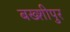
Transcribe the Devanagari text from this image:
बख्शीपुर